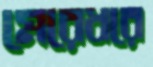
মেরেধরে